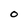
Character: O